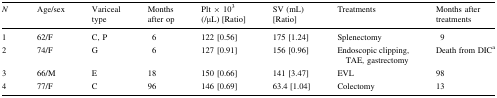
<table><thead><tr><td><b><i>N</i></b></td><td><b>Age/sex</b></td><td><b>Variceal type</b></td><td><b>Months after op</b></td><td><b>Plt × 10<sup>3</sup> (/μL) [Ratio]</b></td><td><b>SV (mL) [Ratio]</b></td><td><b>Treatments</b></td><td><b>Months after treatments</b></td></tr></thead><tbody><tr><td>1</td><td>62/F</td><td>C, P</td><td>6</td><td>122 [0.56]</td><td>175 [1.24]</td><td>Splenectomy</td><td>9</td></tr><tr><td>2</td><td>74/F</td><td>G</td><td>6</td><td>127 [0.91]</td><td>156 [0.96]</td><td>Endoscopic clipping, TAE, gastrectomy</td><td>Death from DIC<sup>a</sup></td></tr><tr><td>3</td><td>66/M</td><td>E</td><td>18</td><td>150 [0.66]</td><td>141 [3.47]</td><td>EVL</td><td>98</td></tr><tr><td>4</td><td>77/F</td><td>C</td><td>96</td><td>146 [0.69]</td><td>63.4 [1.04]</td><td>Colectomy</td><td>13</td></tr></tbody></table>